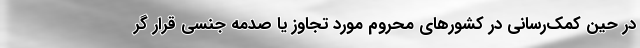
در حین کمک‌رسانی در کشورهای محروم مورد تجاوز یا صدمه جنسی قرار گر